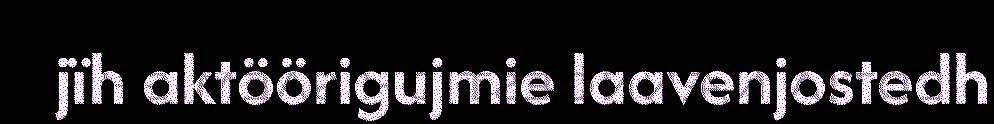
jïh aktöörigujmie laavenjostedh